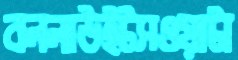
বললাউইটসওয়াটা